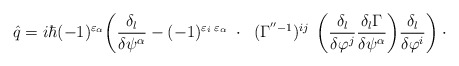
\begin{align*}\hat{q}=i\hbar(-1)^{\varepsilon_\alpha}\bigg( \frac{\delta_l}{\delta\psi^\alpha}- (-1)^{\varepsilon_i\;\varepsilon_\alpha}\;\cdot\;\; (\Gamma^{''-1})^{ij}\;\, \bigg(\frac{\delta_l}{\delta\varphi^j} \frac{\delta_l\Gamma}{\delta\psi^\alpha}\bigg) \frac{\delta_l}{\delta\varphi^i}\bigg)\cdot \rule{2.1cm}{0cm}\end{align*}